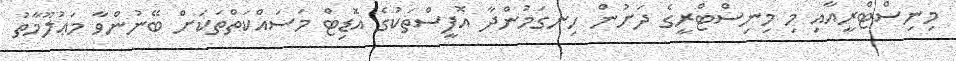
މިނިސްޓްރީއާއި މި މިނިސްޓްރީގެ ދަށުން ހިނގަމުންދާ އޮފީސްތަކުގެ އޮޑިޓް މަސައްކަތްތަކަށް ބޭނުންވާ މަޢުލޫމާތު